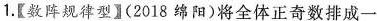
1.【数阵规律型】(2018绵阳)将全体正奇数排成一